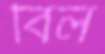
বিল